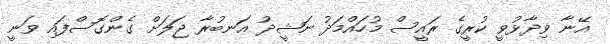
އޭނާ ވިދާޅުވީ ކުރީގެ ރައީސް މުހައްމަދު ނަޝީދު އަނބުރާ ޖަލަށް ގެންގޮސްފައި ވަނީ